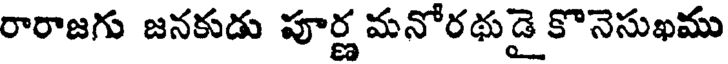
రారాజగు జనకుడు పూర్ణ మనోరథుడై కొనెసుఖము